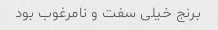
برنج خیلی سفت و نامرغوب بود